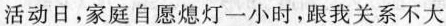
活动日，家庭自愿熄灯一小时，跟我关系不大